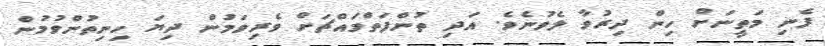
ފެނި މަތީނަށް ހިން ދިރުވާ ލެވުނެވެ. އަދި ތުންފަތްމައްޗަށް ވެރިވަމުން ދިޔަ ހިނިތުންވުމުން